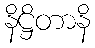
နိဋ္ဌိတာနိ